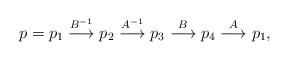
LaTeX: \begin{align*}p=p_1\overset{B^{-1}}\longrightarrow p_2\overset{A^{-1}}\longrightarrow p_3\overset{B}\longrightarrow p_4\overset{A}\longrightarrow p_1,\end{align*}